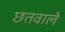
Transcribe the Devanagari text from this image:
छतवाले